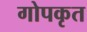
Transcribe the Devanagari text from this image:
गोपकृत